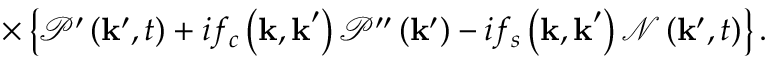
\times \left\{ \mathcal { P } ^ { \prime } \left( \mathbf { k } ^ { \prime } , t \right) + i f _ { c } \left( \mathbf { k , k } ^ { \prime } \right) \mathcal { P } ^ { \prime \prime } \left( \mathbf { k } ^ { \prime } \right) - i f _ { s } \left( \mathbf { k , k } ^ { \prime } \right) \mathcal { N } \left( \mathbf { k } ^ { \prime } , t \right) \right\} .